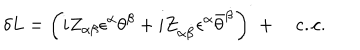
\delta L = \left( i Z _ { \alpha \beta } \epsilon ^ { \alpha } \theta ^ { \beta } + i Z _ { \alpha \dot { \beta } } \epsilon ^ { \alpha } { \bar { \theta } } ^ { \dot { \beta } } \right) ^ { \cdot } { } + \quad \mathrm { c . { } c . }